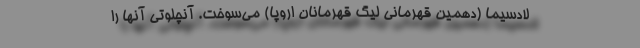
لادسیما (دهمین قهرمانی لیگ قهرمانان اروپا) می‌سوخت. آنچلوتی آنها را